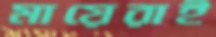
মায়েরাই